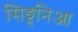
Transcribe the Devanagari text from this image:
सिङ्हनिआ